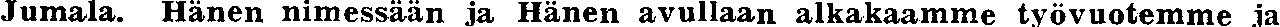
Jumala. Hänen nimessään ja Hänen avullaan alkakaamme työvuotemme ja